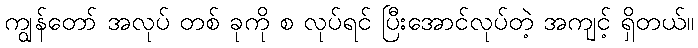
ကျွန်တော် အလုပ် တစ် ခုကို စ လုပ်ရင် ပြီးအောင်လုပ်တဲ့ အကျင့် ရှိတယ်။